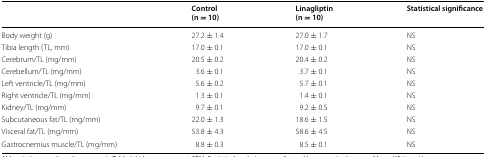
<table><thead><tr><td></td><td><b>Control(n = 10)</b></td><td><b>Linagliptin(n = 10)</b></td><td><b>Statistical significance</b></td></tr></thead><tbody><tr><td>Body weight (g)</td><td>27.2 ± 1.4</td><td>27.0 ± 1.7</td><td>NS</td></tr><tr><td>Tibia length (TL, mm)</td><td>17.0 ± 0.1</td><td>17.0 ± 0.1</td><td>NS</td></tr><tr><td>Cerebrum/TL (mg/mm)</td><td>20.5 ± 0.2</td><td>20.4 ± 0.2</td><td>NS</td></tr><tr><td>Cerebellum/TL (mg/mm)</td><td>3.6 ± 0.1</td><td>3.7 ± 0.1</td><td>NS</td></tr><tr><td>Left ventricle/TL (mg/mm)</td><td>5.6 ± 0.2</td><td>5.7 ± 0.1</td><td>NS</td></tr><tr><td>Right ventricle/TL (mg/mm)</td><td>1.3 ± 0.1</td><td>1.4 ± 0.1</td><td>NS</td></tr><tr><td>Kidney/TL (mg/mm)</td><td>9.7 ± 0.1</td><td>9.2 ± 0.5</td><td>NS</td></tr><tr><td>Subcutaneous fat/TL (mg/mm)</td><td>22.0 ± 1.3</td><td>18.6 ± 1.5</td><td>NS</td></tr><tr><td>Visceral fat/TL (mg/mm)</td><td>53.8 ± 4.3</td><td>58.6 ± 4.5</td><td>NS</td></tr><tr><td>Gastrocnemius muscle/TL (mg/mm)</td><td>8.8 ± 0.3</td><td>8.5 ± 0.1</td><td>NS</td></tr></tbody></table>